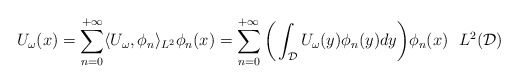
\begin{align*} U_{\omega}(x) = \sum_{n=0}^{+\infty}\langle U_{\omega},\phi_n\rangle_{L^2}\phi_n(x) = \sum_{n=0}^{+\infty}\bigg(\int_{\mathcal{D}}U_{\omega}(y)\phi_n(y)dy\bigg)\phi_n(x) \ \ L^2(\mathcal{D})\end{align*}